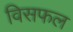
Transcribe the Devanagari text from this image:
विसफल